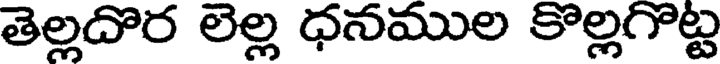
తెల్లదొర లెల్ల ధనముల కొల్లగొట్ట